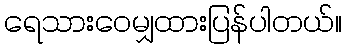
ရေသားဝေမျှထားပြန်ပါတယ်။